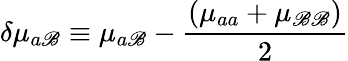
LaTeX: \delta\mu_{a\mathscr{B}}\equiv\mu_{a\mathscr{B}}-{\frac{{\left(\mu_{aa}+\mu_{\mathscr{B}\mathscr{B}}\right)}}{{2}}}